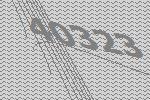
40323